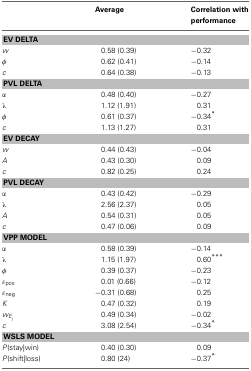
|  | Average | Correlation with performance |
 | --- | --- | --- |
 | <COLSPAN=3> EV DELTA |
 | w | 0.58 (0.39) | −0.32 |
 | φ | 0.62 (0.41) | −0.14 |
 | c | 0.64 (0.38) | −0.13 |
 | <COLSPAN=3> PVL DELTA |
 | α | 0.48 (0.40) | −0.27 |
 | λ | 1.12 (1.91) | 0.31 |
 | φ | 0.61 (0.37) | −0.34* |
 | c | 1.13 (1.27) | 0.31 |
 | <COLSPAN=3> EV DECAY |
 | w | 0.44 (0.43) | −0.04 |
 | A | 0.43 (0.30) | 0.09 |
 | c | 0.82 (0.25) | 0.24 |
 | <COLSPAN=3> PVL DECAY |
 | α | 0.43 (0.42) | −0.29 |
 | λ | 2.56 (2.37) | 0.05 |
 | A | 0.54 (0.31) | 0.05 |
 | c | 0.47 (0.06) | 0.09 |
 | <COLSPAN=3> VPP MODEL |
 | α | 0.58 (0.39) | −0.14 |
 | λ | 1.15 (1.97) | 0.60*** |
 | φ | 0.39 (0.37) | −0.23 |
 | εpos | 0.01 (0.66) | −0.12 |
 | εneg | −0.31 (0.68) | 0.25 |
 | K | 0.47 (0.32) | 0.19 |
 | wEj | 0.49 (0.34) | −0.02 |
 | c | 3.08 (2.54) | −0.34* |
 | <COLSPAN=3> WSLS MODEL |
 | P(stay|win) | 0.40 (0.30) | 0.09 |
 | P(shift|loss) | 0.80 (24) | −0.37* |